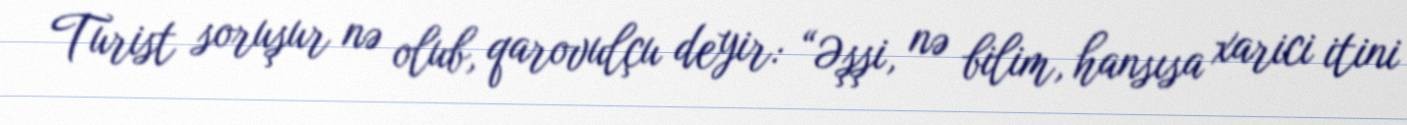
Turist soruşur nə olub, qarovulçu deyir: “Əşşi, nə bilim, hansısa xarici itini